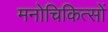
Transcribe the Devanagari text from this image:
मनोचिकित्सों